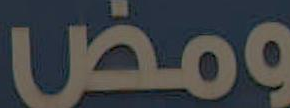
ومض